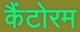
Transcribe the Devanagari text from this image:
कैंटोरम